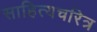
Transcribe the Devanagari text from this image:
साहित्यचरित्र